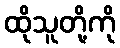
ထိုသူတို့ကို